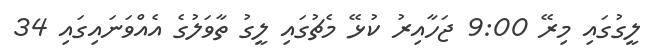
ލީގުގައި މިރޭ 9:00 ޖަހާއިރު ކުޅޭ މެޗުގައި ލީގު ތާވަލުގެ އެއްވަނައިގައި 34